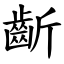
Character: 齗